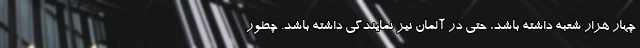
چهار هزار شعبه داشته باشد، حتی در آلمان نیز نمایندگی داشته باشد. چطور